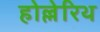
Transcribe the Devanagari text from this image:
होल्लेरिथ